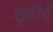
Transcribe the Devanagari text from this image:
सॄष्टीचे